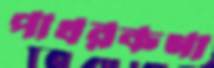
পাথরকণা